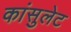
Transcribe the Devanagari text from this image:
कांसुलेट